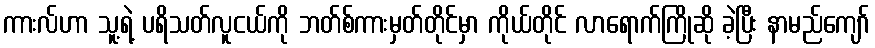
ကားလ်ဟာ သူ့ရဲ့ ပရိသတ်လူငယ်ကို ဘတ်စ်ကားမှတ်တိုင်မှာ ကိုယ်တိုင် လာရောက်ကြိုဆို ခဲ့ပြီး နာမည်ကျော်